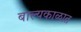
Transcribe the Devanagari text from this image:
बाल्यकाळात